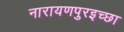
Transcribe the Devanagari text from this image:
नारायणपुरइच्छा